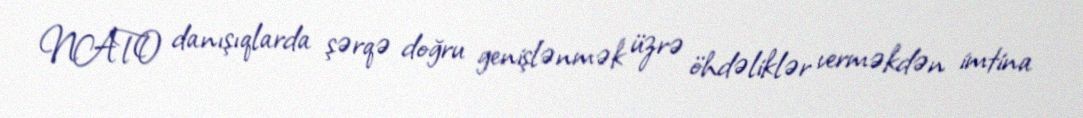
NATO danışıqlarda şərqə doğru genişlənmək üzrə öhdəliklər verməkdən imtina